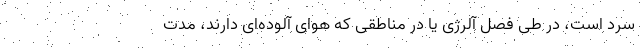
سرد است، در طی فصل آلرژی یا در مناطقی که هوای آلوده‌ای دارند، مدت